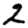
Digit: 2